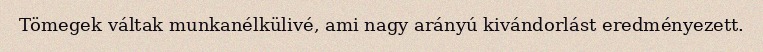
Tömegek váltak munkanélkülivé, ami nagy arányú kivándorlást eredményezett.